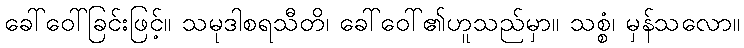
ခေါ်ဝေါ်ခြင်းဖြင့်။ သမုဒါစရသီတိ၊ ခေါ်ဝေါ်၏ဟူသည်မှာ။ သစ္စံ၊ မှန်သလော။